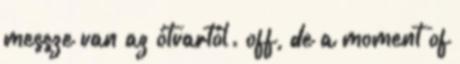
messze van az ótvartól. off, de a moment of